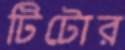
টিটোর